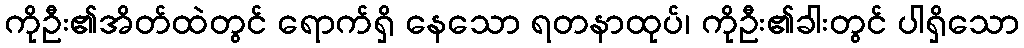
ကိုဦး၏အိတ်ထဲတွင် ရောက်ရှိ နေသော ရတနာထုပ်၊ ကိုဦး၏ခါးတွင် ပါရှိသော